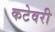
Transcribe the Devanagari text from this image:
कटेवरी